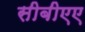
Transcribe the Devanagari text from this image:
सीबीएए